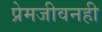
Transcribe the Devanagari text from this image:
प्रेमजीवनही